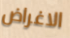
الاغراض